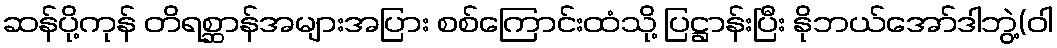
ဆန်ပို့ကုန် တိရစ္ဆာန်အများအပြား စစ်ကြောင်းထံသို့ ပြဋ္ဌာန်းပြီး နိုဘယ်အော်ဒါဘွဲ့(ဝါ